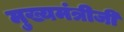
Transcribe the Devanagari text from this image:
मुख्यमंत्रीजी